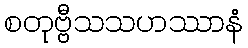
စတုဗ္ဗီသသဟဿာနံ